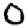
Digit: 0